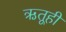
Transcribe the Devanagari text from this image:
ऋतूही